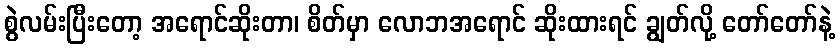
စွဲလမ်းပြီးတော့ အရောင်ဆိုးတာ၊ စိတ်မှာ လောဘအရောင် ဆိုးထားရင် ချွတ်လို့ တော်တော်နဲ့